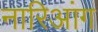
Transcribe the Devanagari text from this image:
नारिआंग